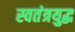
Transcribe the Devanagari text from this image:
स्वतंत्रयुद्ध